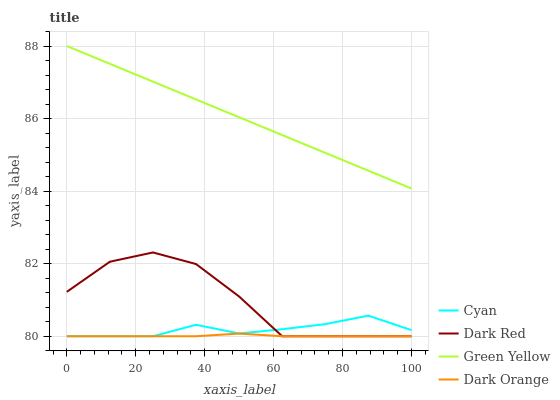
| xaxis_label | Cyan | Dark Red | Green Yellow | Dark Orange |
 | --- | --- | --- | --- | --- |
 | 0 | 80 | 81.2 | 88 | 80 |
 | 12.5 | 80 | 82.1 | 87.5 | 80 |
 | 25 | 80 | 82.3 | 87 | 80 |
 | 37.5 | 80.3 | 82 | 86.5 | 80 |
 | 50 | 80.1 | 81.1 | 86 | 80.1 |
 | 62.5 | 80.2 | 80 | 85.5 | 80 |
 | 75 | 80.3 | 80 | 85.1 | 80 |
 | 87.5 | 80.6 | 80 | 84.6 | 80 |
 | 100 | 80.2 | 80 | 84.1 | 80 |